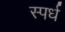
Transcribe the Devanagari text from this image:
स्पर्ध